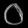
Digit: ၀